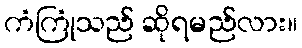
ကံကြုံသည် ဆိုရမည်လား။